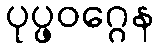
ပုပ္ဖဝဂ္ဂေန